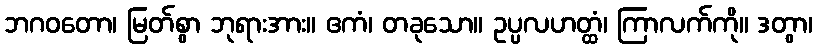
ဘဂဝတော၊ မြတ်စွာ ဘုရားအား။ ဧကံ၊ တခုသော။ ဥပ္ပလဟတ္ထံ၊ ကြာလက်ကို။ ဒတွာ၊